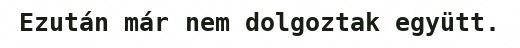
Ezután már nem dolgoztak együtt.